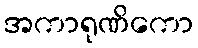
အကာရုဏိကော